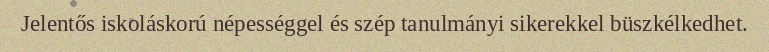
Jelentős iskoláskorú népességgel és szép tanulmányi sikerekkel büszkélkedhet.